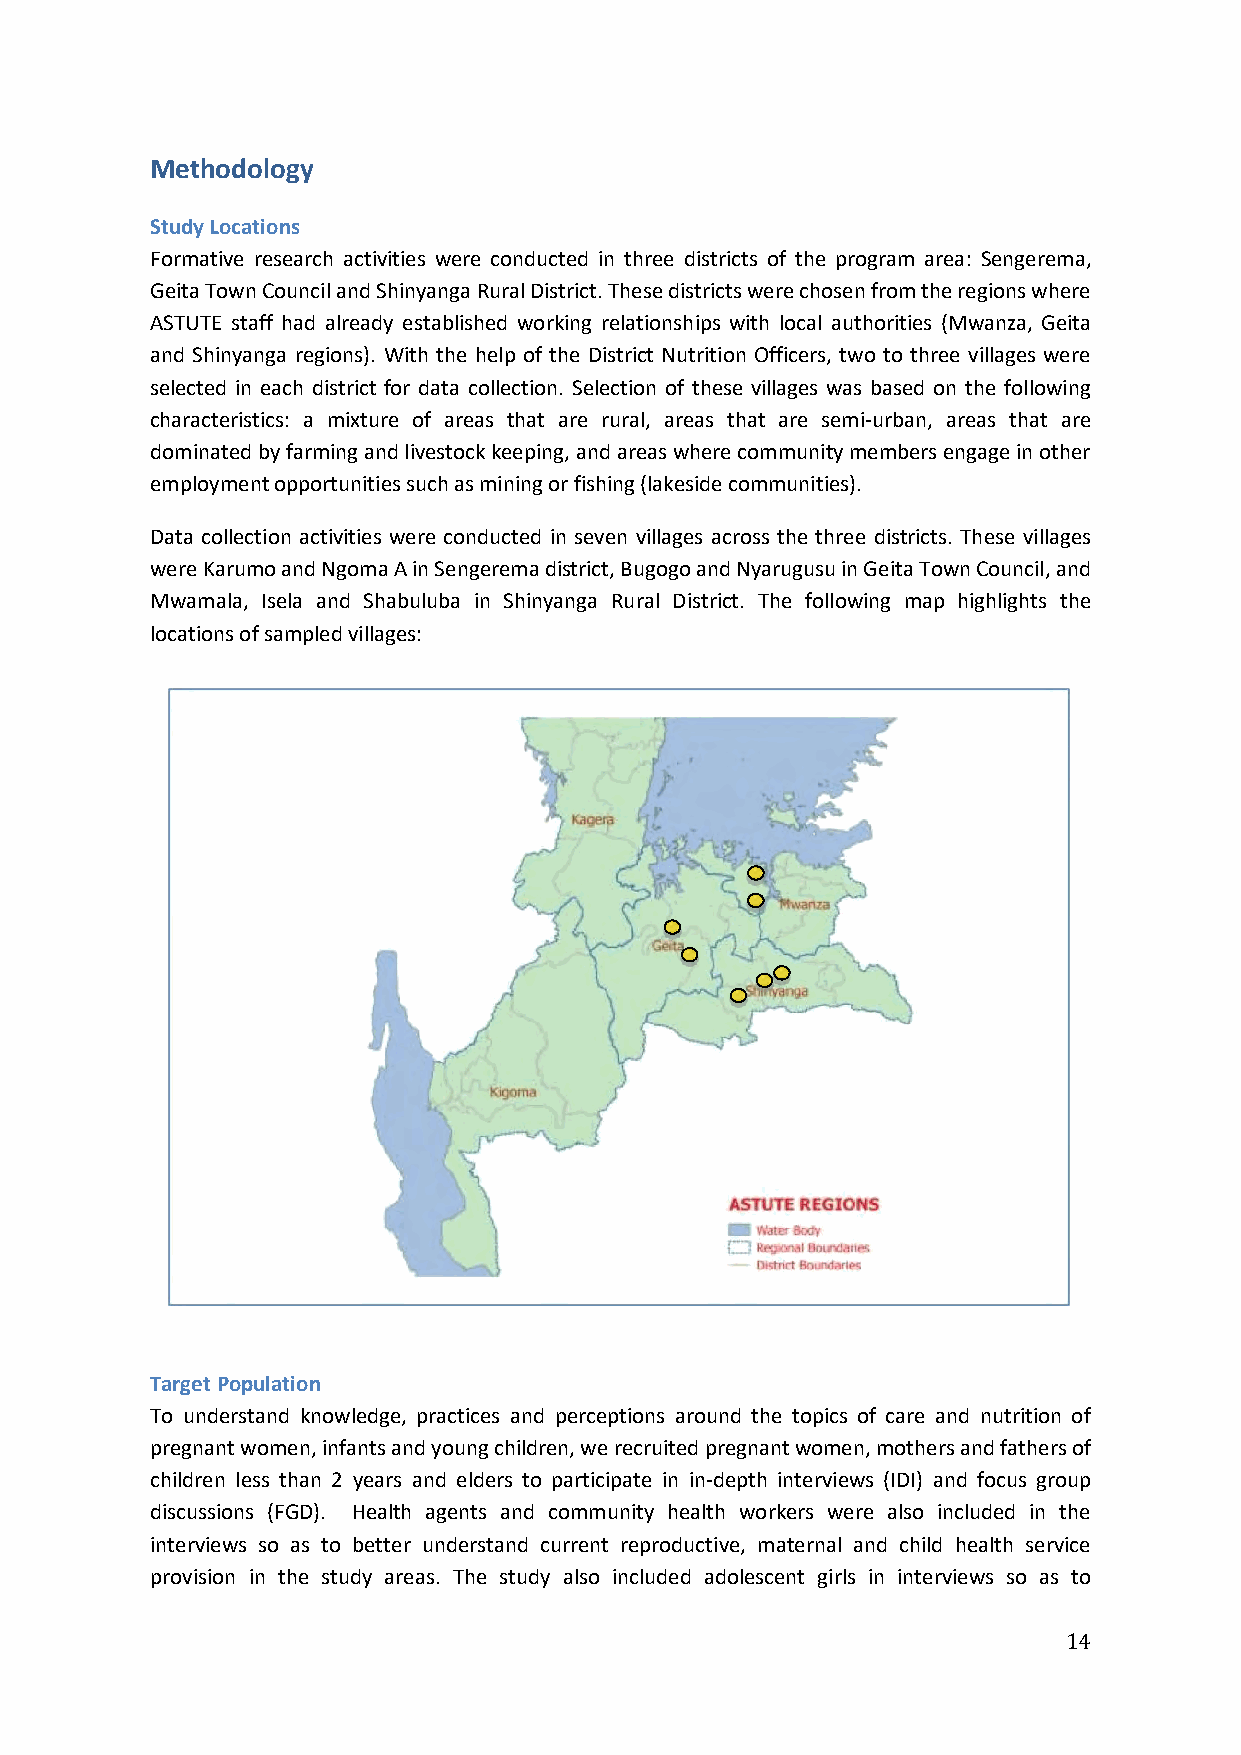
Methodology
 Study Locations
 Formative research activities were conducted in three districts of the program area: Sengerema,
 Geita Town Council and Shinyanga Rural District. These districts were chosen from the regions where
 ASTUTE staff had already established working relationships with local authorities (Mwanza, Geita
 and Shinyanga regions). With the help of the District Nutrition Officers, two to three villages were
 selected in each district for data collection. Selection of these villages was based on the following
 characteristics: a mixture of areas that are rural, areas that are semi-urban, areas that are
 dominated by farming and livestock keeping, and areas where community members engage in other
 employment opportunities such as mining or fishing (lakeside communities).
 Data collection activities were conducted in seven villages across the three districts. These villages
 were Karumo and Ngoma A in Sengerema district, Bugogo and Nyarugusu in Geita Town Council, and
 Mwamala, Isela and Shabuluba in Shinyanga Rural District. The following map highlights the
 locations of sampled villages:
 Target Population
 To understand knowledge, practices and perceptions around the topics of care and nutrition of
 pregnant women, infants and young children, we recruited pregnant women, mothers and fathers of
 children less than 2 years and elders to participate in in-depth interviews (IDI) and focus group
 discussions (FGD). Health agents and community health workers were also included in the
 interviews so as to better understand current reproductive, maternal and child health service
 provision in the study areas. The study also included adolescent girls in interviews so as to
 14